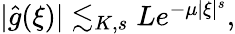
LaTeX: \begin{array}{r}{|\hat{g}(\xi)|\lesssim_{K,s}Le^{-\mu|\xi|^{s}},}\end{array}